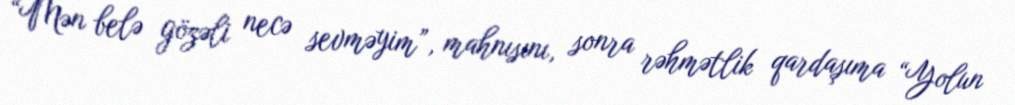
“Mən belə gözəli necə sevməyim”, mahnısını, sonra rəhmətlik qardaşıma “Yolun